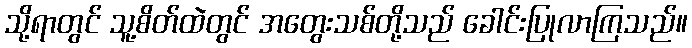
သို့ရာတွင် သူ့စိတ်ထဲတွင် အတွေးသစ်တို့သည် ခေါင်းပြုလာကြသည်။